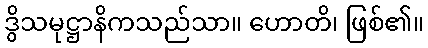
ဒွိသမုဋ္ဌာနိကသည်သာ။ ဟောတိ၊ ဖြစ်၏။